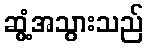
ဆွံ့အသွားသည်